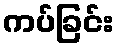
ကပ်ခြင်း